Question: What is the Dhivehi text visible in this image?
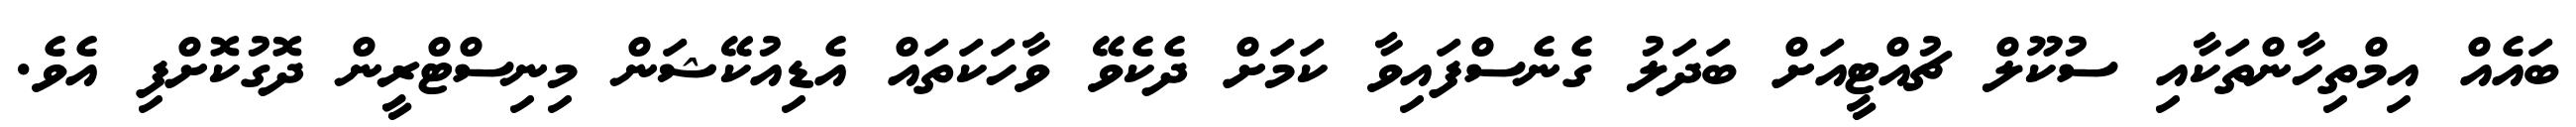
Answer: ބައެއް އިމްތިހާންތަކާއި ސުކޫލް ޗުއްޓީއަށް ބަދަލު ގެނެސްފައިވާ ކަމަށް ދެކެވޭ ވާހަކަތައް އެޑިއުކޭޝަން މިނިސްޓްރީން ދޮގުކޮށްފި އެވެ.